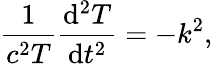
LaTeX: {\frac{1}{c^{2}T}}{\frac{\mathrm{d}^{2}T}{\mathrm{d}t^{2}}}=-k^{2},